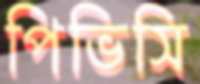
পিভিসি